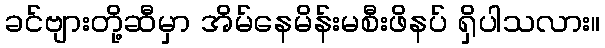
ခင်ဗျားတို့ဆီမှာ အိမ်နေမိန်းမစီးဖိနပ် ရှိပါသလား။